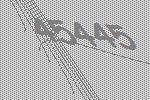
45445